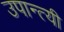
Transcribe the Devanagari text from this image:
उपान्त्यी